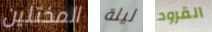
المختلين ليلة القرود